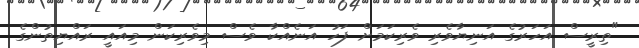
"ތިރީސް އަހަރުގެ އަނިޔާވެރި ވެރިކަމަށް ފަހު އަނެއްކާ ވެސް މިވެރިކަން މިއައީ ރައްޔިތުންގެ